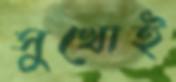
সুখোই